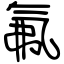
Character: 氟